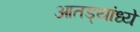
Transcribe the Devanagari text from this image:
आतड्यांध्ये